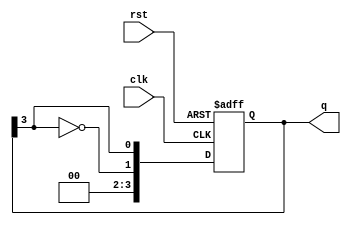
module johnson_counter #(parameter N = 4) (
    input wire clk,      // Clock input
    input wire rst,      // Reset input
    output reg [N-1:0] q // Output state of the counter
);

    // Always block for synchronous reset and state transition
    always @(posedge clk or posedge rst) begin
        if (rst) begin
            // Reset the counter to all zeros
            q <= {N{1'b0}};
        end else begin
            // Johnson counter state transition
            q <= {~q[N-1], q[N-1:N-1]}; // Shift right and feedback inverted last bit
        end
    end

endmodule